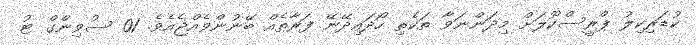
ކުޑަރިކިލު ޕްރީސްކޫލަށް މިދަންނަވާ ތަކެތި ހޯދައިދޭނޭ ފަރާތެއް ބޭނުންވެއްޖެއެވެ. 01 ސުވިންގް ޓު